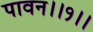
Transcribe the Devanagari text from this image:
पावन।।१।।